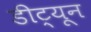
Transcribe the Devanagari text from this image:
डीट्यून